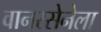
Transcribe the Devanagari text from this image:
वानरसेनेला